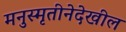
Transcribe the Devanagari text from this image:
मनुस्मृतीनेदेखील